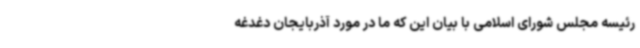
رئیسه مجلس شورای اسلامی با بیان این که ما در مورد آذربایجان دغدغه